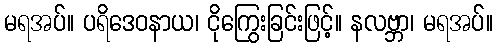
မရအပ်။ ပရိဒေဝနာယ၊ ငိုကြွေးခြင်းဖြင့်။ နလဗ္ဘာ၊ မရအပ်။